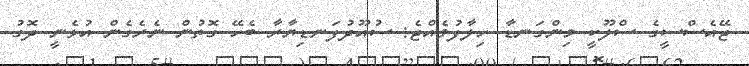
ޖޭއެސްސީގެ ސްލޫކީ މިންގަނޑާ ހިލާފުވެއްޖެ: ސުއޫދުފަނޑިޔާރާ ބެހޭ ގޮތުން ނެރެގެން އުޅެނީ ދޮގު